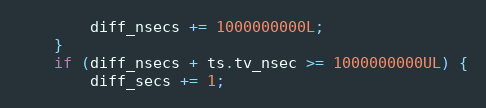
Language: C
        diff_nsecs += 1000000000L;
    }
    if (diff_nsecs + ts.tv_nsec >= 1000000000UL) {
        diff_secs += 1;